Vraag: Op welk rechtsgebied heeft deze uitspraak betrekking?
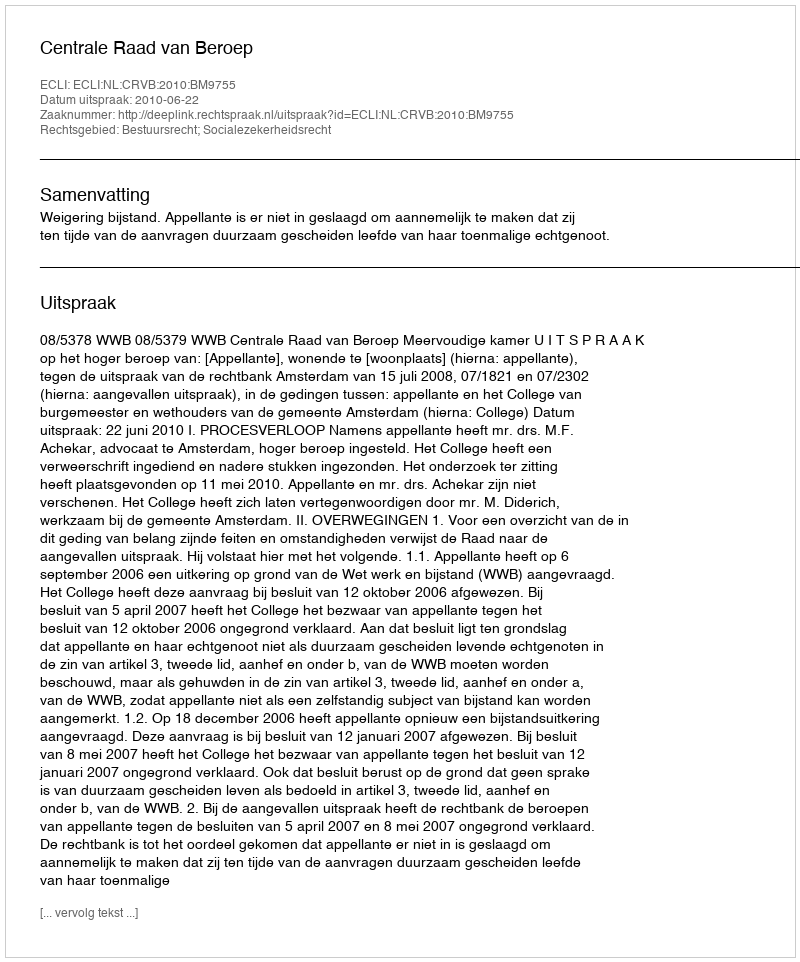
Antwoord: Bestuursrecht; Socialezekerheidsrecht